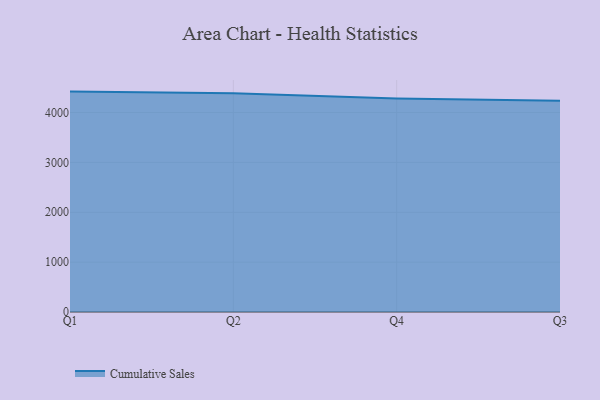
{"axis": {"x": "Quarter", "y": "Temperature (°C)"}, "legend": ["Cumulative Sales"], "data": [{"x": "Q1", "y": 4420.3, "type": "Cumulative Sales"}, {"x": "Q2", "y": 4385.8, "type": "Cumulative Sales"}, {"x": "Q4", "y": 4280.7, "type": "Cumulative Sales"}, {"x": "Q3", "y": 4236.6, "type": "Cumulative Sales"}]}